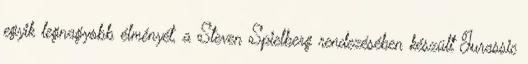
egyik legnagyobb élményét, a Steven Spielberg rendezésében készült Jurassic